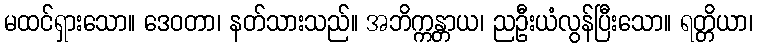
မထင်ရှားသော။ ဒေဝတာ၊ နတ်သားသည်။ အဘိက္ကန္တာယ၊ ညဦးယံလွန်ပြီးသော။ ရတ္တိယာ၊